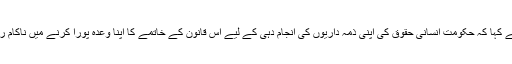
انہوں نے کہا کہ حکومت انسانی حقوق کی اپنی ذمہ داریوں کی انجام دہی کے لیے اس قانون کے خاتمے کا اپنا وعدہ پورا کرنے میں ناکام رہی ہے۔